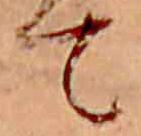
て